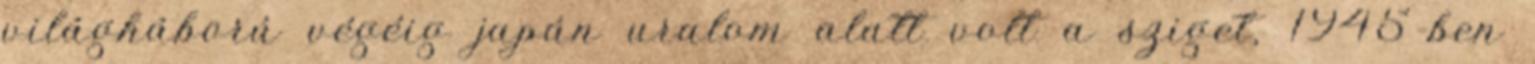
világháború végéig japán uralom alatt volt a sziget, 1945-ben